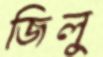
জিলু